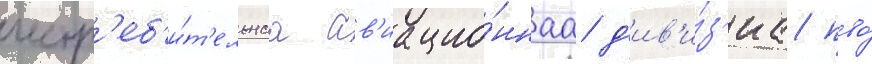
истр'еб'и́т'ельнаа ав'иацио́ннаа д'ив'и́з'иа пво́